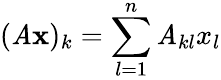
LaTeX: (\mathit{A}{\mathbf{{x}}})_{k}=\sum_{l=1}^{n}\mathit{A}_{kl}x_{l}